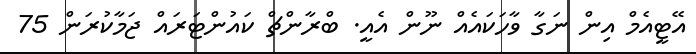
އޭޓީއެމް އިން ނަގާ ވާހަކައެއް ނޫން އެއީ. ބްރާންޗް ކައުންޓަރައް ޖަމާކުރަން 75